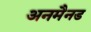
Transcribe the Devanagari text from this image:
अनमैनड